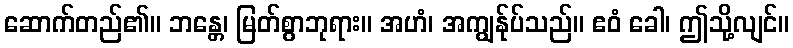
ဆောက်တည်၏။ ဘန္တေ၊ မြတ်စွာဘုရား။ အဟံ၊ အကျွန်ုပ်သည်။ ဧဝံ ခေါ၊ ဤသို့လျင်။